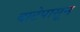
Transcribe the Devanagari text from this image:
वाटेपासून